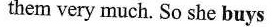
them very much. So she buys